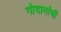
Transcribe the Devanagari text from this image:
गोदामांची